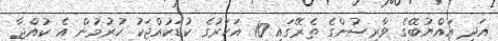
އަދި އައްޔުބޭގެ ވާރިސުންގެ ތެރޭގައި 10 އަހަރުގެ ކުޑަކުއްޖަކު ހުރުމުން އެ ކުއްޖާ